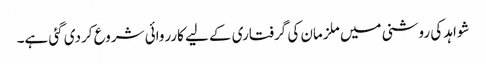
شواہد کی روشنی میں ملزمان کی گرفتاری کے لیے کارروائی شروع کردی گئی ہے۔